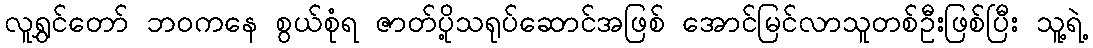
လူရွှင်တော် ဘဝကနေ စွယ်စုံရ ဇာတ်ပို့သရုပ်ဆောင်အဖြစ် အောင်မြင်လာသူတစ်ဦးဖြစ်ပြီး သူ့ရဲ့